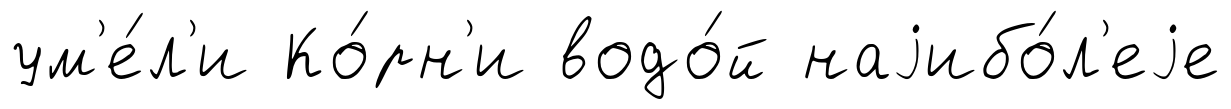
ум'е́л'и Ко́рн'и водо́й наjибо́л'еjе